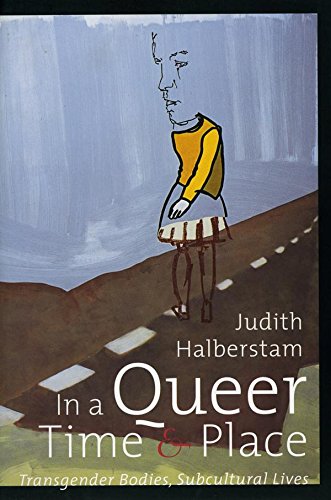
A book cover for In a Queer Time and Place: Transgender Bodies, Subcultural Lives (Sexual Cultures); J. Jack Halberstam; Gay & Lesbian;